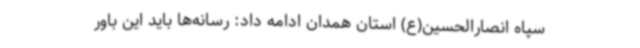
سپاه انصارالحسین(ع) استان همدان ادامه داد: رسانه‌ها باید این باور